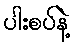
ပါးစပ်နဲ့